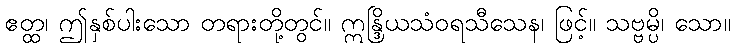
ဧတ္ထ၊ ဤနှစ်ပါးသော တရားတို့တွင်။ ဣန္ဒြိယသံဝရသီသေန၊ ဖြင့်။ သဗ္ဗမ္ပိ၊ သော။